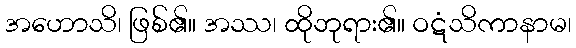
အဟောသိ၊ ဖြစ်၏။ အဿ၊ ထိုဘုရား၏။ ဝဋံသိကာနာမ၊